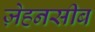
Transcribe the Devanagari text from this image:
ज़ेहनसीब